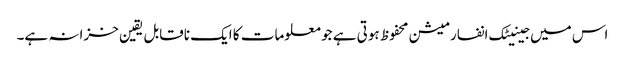
اس میں جینیٹک انفارمیشن محفوظ ہوتی ہے جو معلومات کا ایک ناقابل یقین خزانہ ہے۔